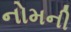
નોમની